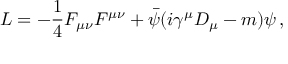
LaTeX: { \cal L } = - { \frac { 1 } { 4 } } F _ { \mu \nu } F ^ { \mu \nu } + { \bar { \psi } } ( i \gamma ^ { \mu } D _ { \mu } - m ) \psi \, ,